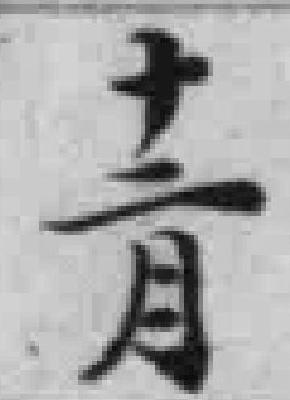
十二月